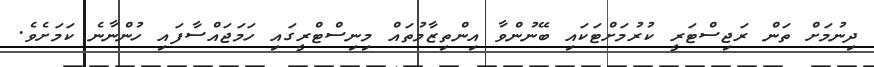
ދިނުމަށް ތަން ރަޖިސްޓަރީ ކުރުމަށްޓަކައި ބޭނުންވާ އިންތިޒާމުތައް މިނިސްޓްރީގައި ހަމަޖައްސާފައި ހުންނާނެ ކަމަށެވެ.